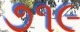
૭૧૯